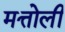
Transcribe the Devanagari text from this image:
मत्तोली